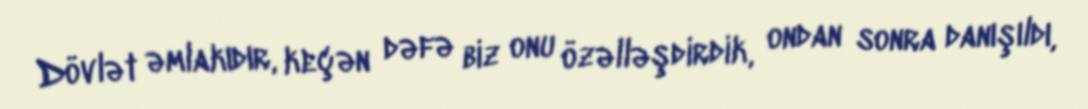
Dövlət əmlakıdır, keçən dəfə biz onu özəlləşdirdik, ondan sonra danışıldı,